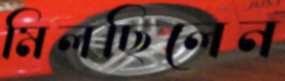
মিলছিলেন